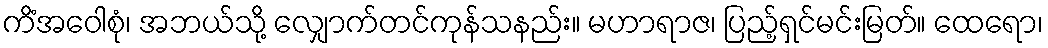
ကိံအဝေါစုံ၊ အဘယ်သို့ လျှောက်တင်ကုန်သနည်း။ မဟာရာဇ၊ ပြည့်ရှင်မင်းမြတ်။ ထေရော၊